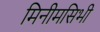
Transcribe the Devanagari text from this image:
मिनीमसिभी